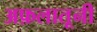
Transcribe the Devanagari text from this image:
अफ़लातूनी